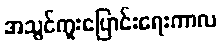
အသွင်ကူးပြောင်းရေးကာလ